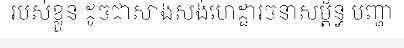
របស់ខ្លួន ដូចជាសាងសង់ហេដ្ឋារចនាសម្ព័ន្ធ បញ្ហា